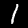
Digit: 1